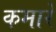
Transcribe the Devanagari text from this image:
कमारे